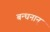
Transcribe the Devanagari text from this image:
बन्‍धनान्